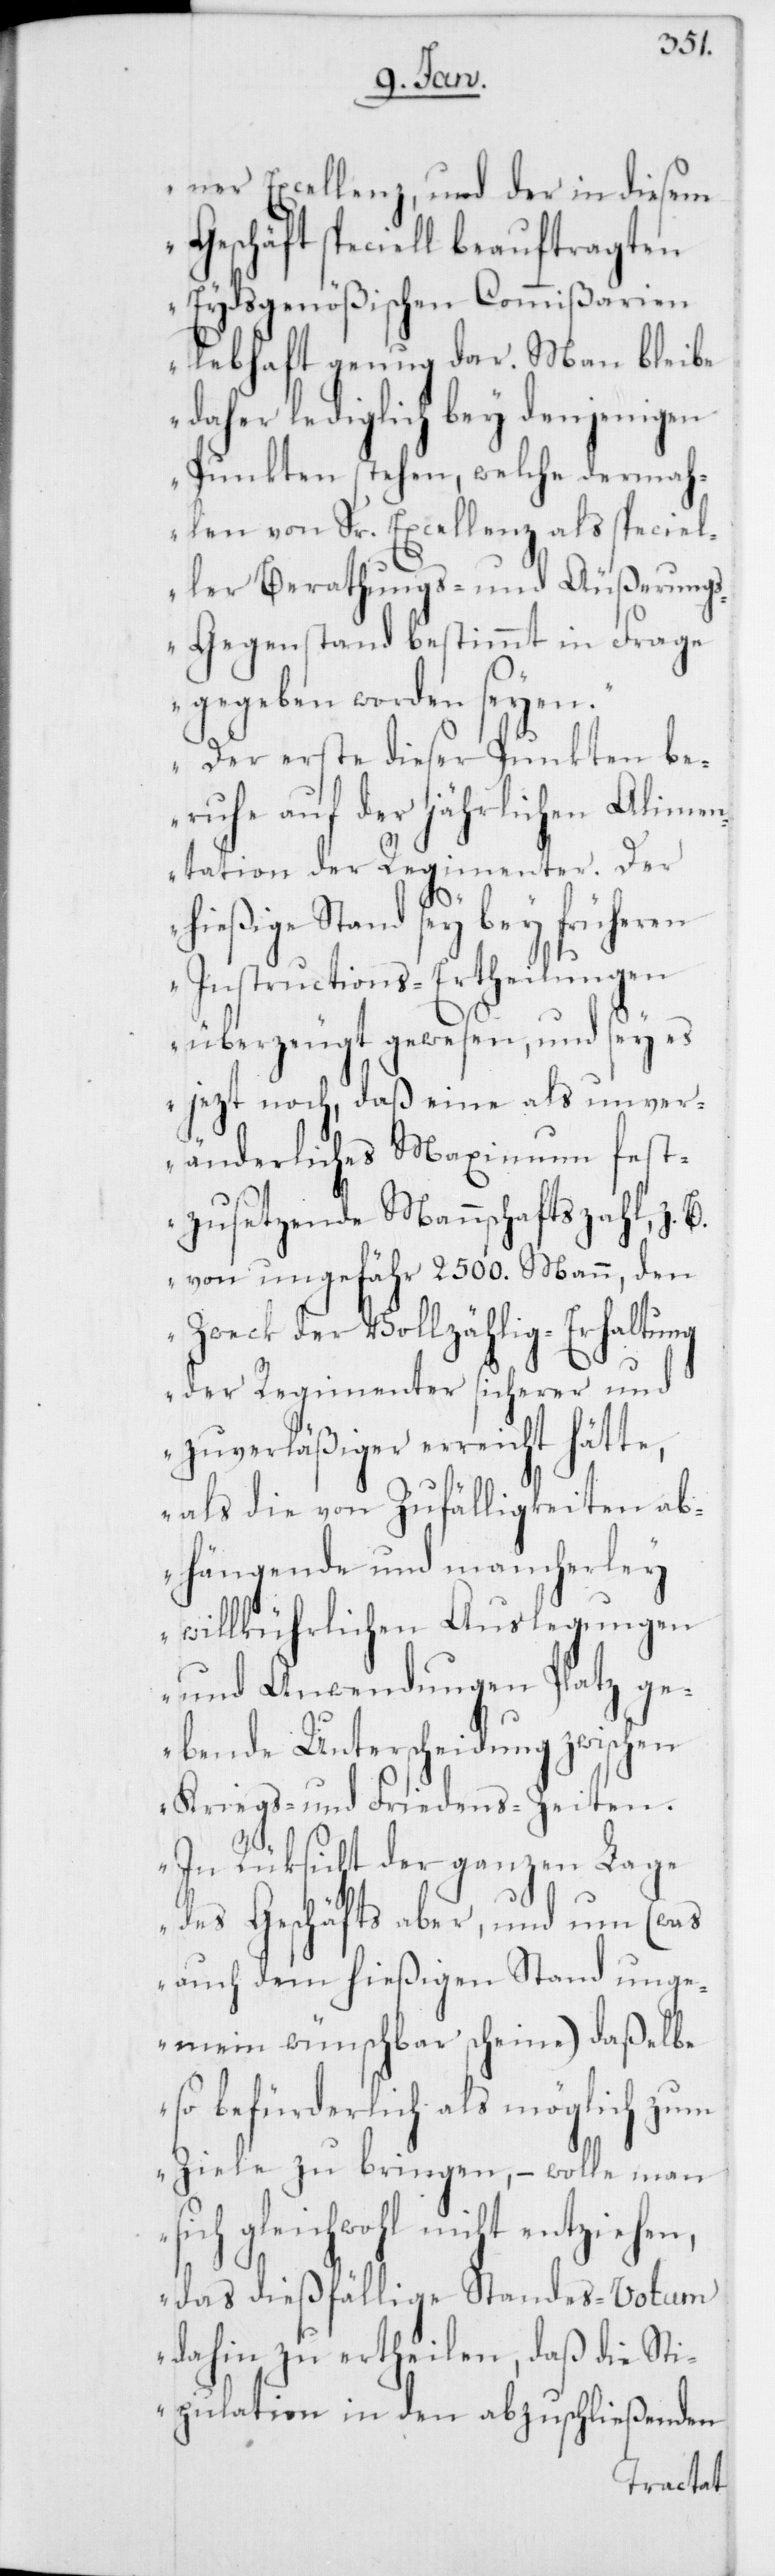
ner Excellenz, und der in diesem
Geschäft speciell beauftragten
Eydsgenößischen Commißarien
lebhaft genug dar. Man bleibe
daher lediglich bey denjenigen
Punkten stehen, welche dermah¬
len von Sr. Excellenz als speciel¬
ler Berathungs- und Äußerung¬
s-Gegenstand bestimmt in Frage
gegeben worden seyen.
Der erste dieser Punkten be¬
ruhe auf der jährlichen Alimen¬
tation der Regimenter. Der
hießige Stand sey bey früheren
Instructions-Ertheilungen
überzeugt gewesen, und sey es
jezt noch, daß eine als unver¬
änderliches Maximum fest¬
zusetzende Mannschaftszahl, z.
von ungefähr 2500. Mann, den
Zweck der Vollzählig-Erhaltung
der Regimenter sicherer und
zuverläßiger erreicht hätte,
als die von Zufälligkeiten ab¬
hängende und mancherley
willkührlichen Auslegungen
und Anwendungen Platz ge¬
bende Unterscheidung zwischen
Kriegs- und Friedens-Zeiten.
In Rüksicht der ganzen Lage
des Geschäfts aber, und um (was
auch dem hießigen Stand unge¬
mein wünschbar scheine) daßelbe
so befürderlich als möglich zum
Ziele zu bringen, – wolle man
sich gleichwohl nicht entziehen,
das dießfällige Standes-Votum
dahin zu ertheilen, daß die Sti¬
pulation in den abzuschließenden